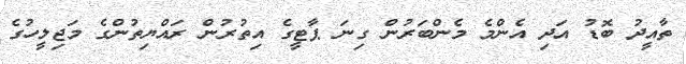
ތާއީދު ބޮޑު އަދި އެންމެ މެންބަރުން ގިނަ ޕާޓީގެ އިތުރުން ރައްޔިތުންގެ މަޖިލީހުގެ